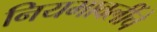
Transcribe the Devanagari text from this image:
नियमावलींचे